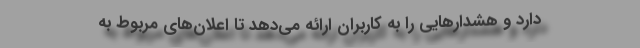
دارد و هشدارهایی را به کاربران ارائه می‌دهد تا اعلان‌های مربوط به